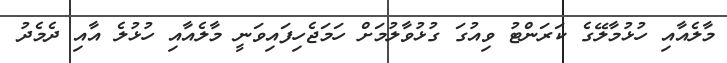
މާލެއާއި ހުޅުމާލޭގެ ކަރަންޓު ވިއުގަ ގުޅުވާލުމަށް ހަމަޖެހިފައިވަނީ މާލެއާއި ހުޅުލެ އާއި ދެމެދު